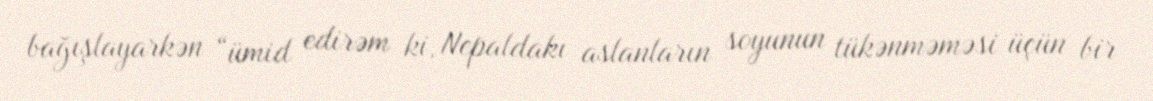
bağışlayarkən “ümid edirəm ki, Nepaldakı aslanların soyunun tükənməməsi üçün bir